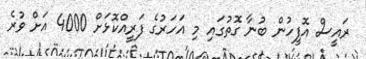
ރައީސް އޮފީހުން ބުނާ ގޮތުގައި މި އަހަރުގެ ފަރީއްކޮޅަށް 4000 އަށް ވުރެ